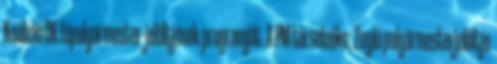
Koalíció DK főpolgármester-jelöltjének programját. A PM társelnöke, Zugló polgármesterjelöltje